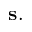
\mathbf { s } .